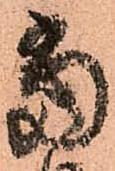
當